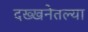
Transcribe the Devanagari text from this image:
दख्खनेतल्या